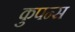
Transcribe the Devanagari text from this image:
कुपन्स